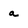
Character: a